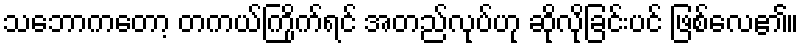
သဘောကတော့ တကယ်ကြိုက်ရင် အတည်လုပ်ဟု ဆိုလိုခြင်းပင် ဖြစ်လေ၏။